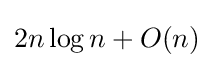
2n\log n+O(n)